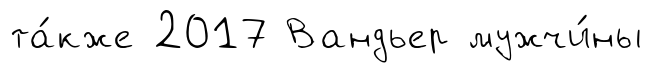
та́кже 2017 Вандьер мужчи́ны